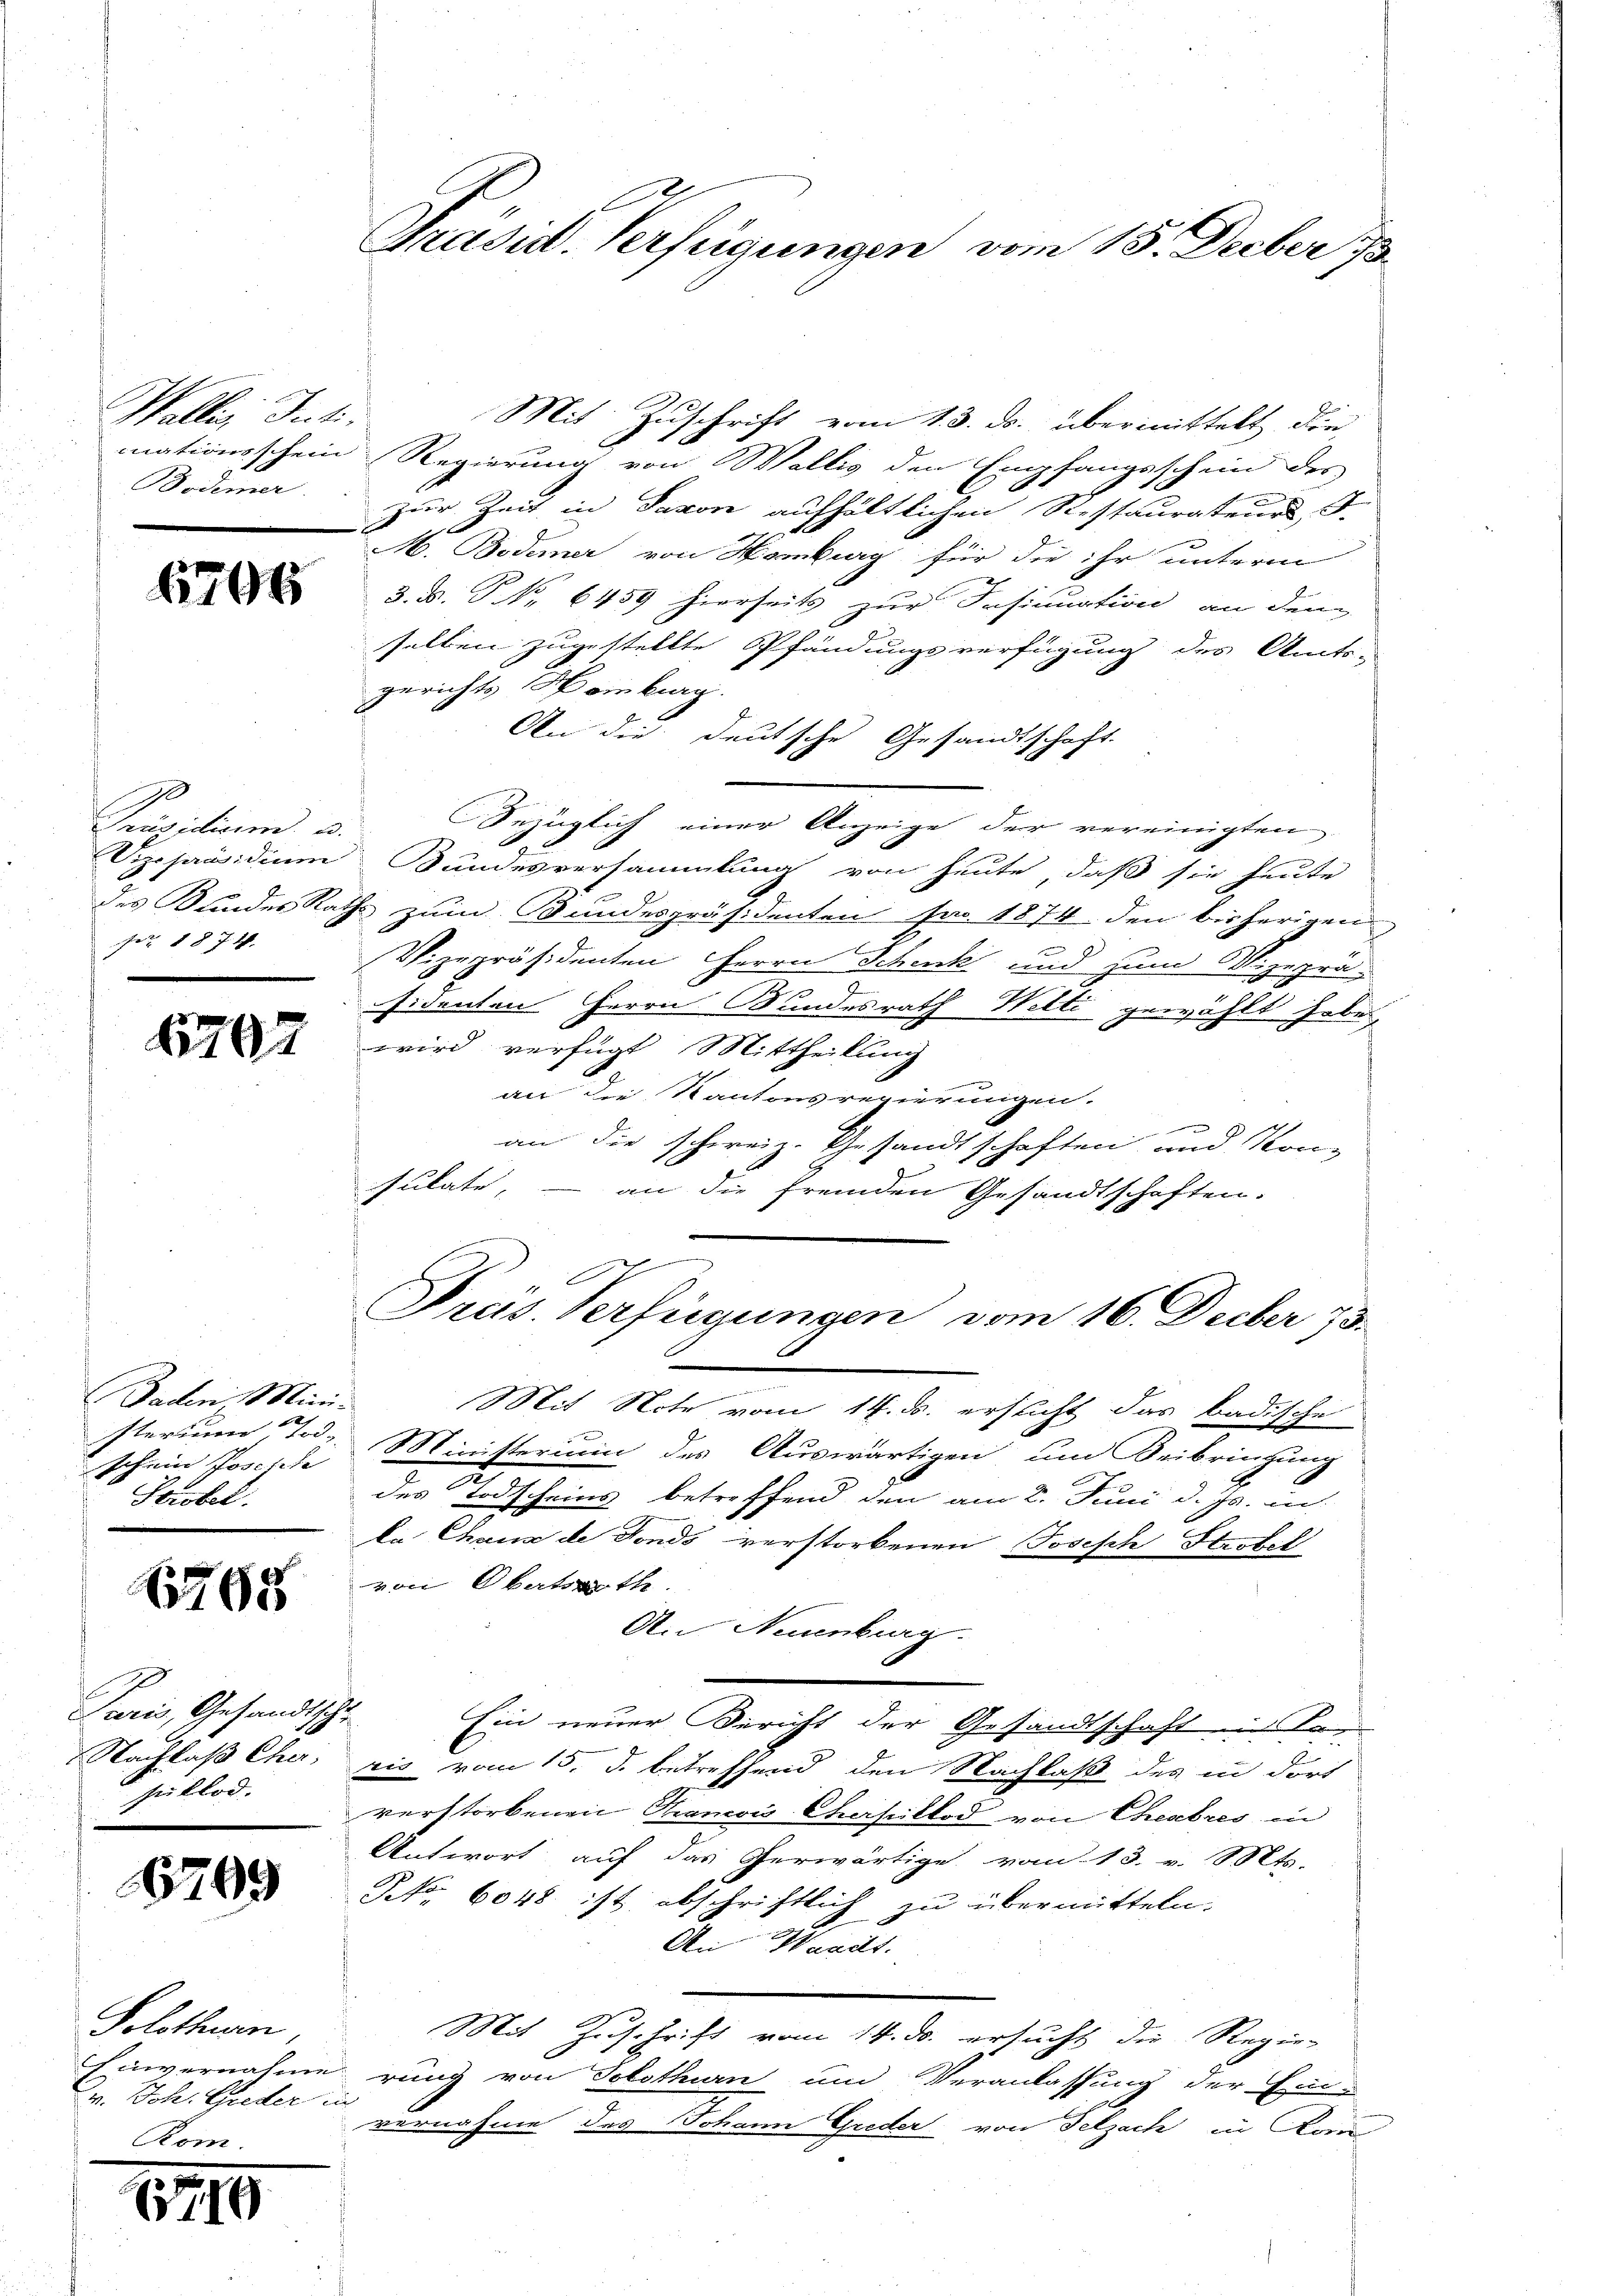
Wallis, Juli.
Bodmer.

Prasilien u.
 1874.

1702

Baden, Ministerium Tod.
Jchein Poschide |
Serobel

768

Paris, Gesandtsche
pullod.

6799

Solothurn
Dr. Joh. Greder in

719

Mit Zuschrift vom 13. ds. übermittelt die
mationsschein Regierung von Wallis den Empfangsschein der
zur Zeit in Saxon aufhältlichen Stestaurateurs, S.
s
M. Bodmer von Homburg für die ihr unterm
 5. B. S. Nr. 6459 hierseits zur Insinuation an den
selben zugestellte Pfändungsverfügung des Amts-
gerichts Homburg.
An die deutsche Gesandtschaft.
bezüglich einer Anzeige der vereinigten
Vizepräsidium Sundesversammlung von heute, daß sie heute
des Kundes Raths zum Bundespräsidenten pro 1874 den bisherigen
Vizepräsidenten Herrn Schick und zum Vizeprä-
n
sidenten Herrn Bundesrath Wetti gewählt habe,
wird verfügt Mittheilung
an die Kantonsregierungen.
e
an die schweiz. Gesandtschaften und Kon-
sulate,
an die fremden Gesandtschaften.
x
2
Präs. Verfügungen vom 16. Decber 13.
.
Mit Note vom 14. d. ersticht das badische
Ministerium des Auswärtigen um Beibringung
des Todscheins betreffend den am 2. Juni d. Js. in
ka Chaux de Fonds verstorbenen Joseph Stutel
von Obertrath
An Neuenburg.
Ein neuer Bericht der Gesandtschaft in Kan
Nachlaß Cher, ris vom 15. d. betreffend den Nachlaß des in dort
verstorbenen Mancois Chasillod von Cheabres in
Antwort auf das Gerwärtige vom 13. v. Mts.
NNNo. 6048 ist abschriftlich zu übermitteln.
An Waadt.
Mit Zuschrift vom 14. ds. ersucht die Regie-
Einvernahme rung von Solothurn und Veranlassung der Ein-
vernahme des Johann Greder von Selzach in Kom

Präsid. Verfügungen vom 15. Dieber 18